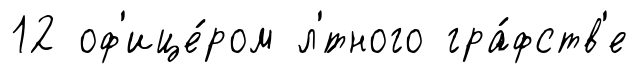
12 оф'ице́ром л'́тного гра́фств'е